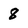
Character: 8